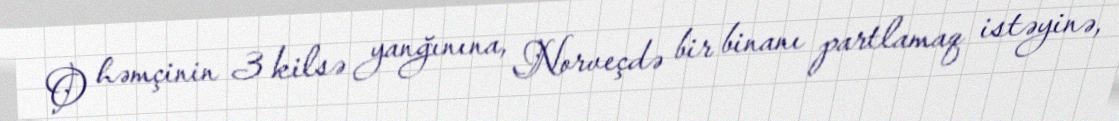
O həmçinin 3 kilsə yanğınına, Norveçdə bir binanı partlamaq istəyinə,